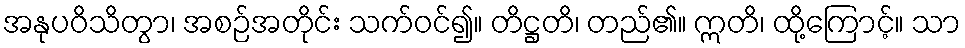
အနုပဝိသိတွာ၊ အစဉ်အတိုင်း သက်ဝင်၍။ တိဋ္ဌတိ၊ တည်၏။ ဣတိ၊ ထို့ကြောင့်။ သာ